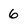
Character: 6